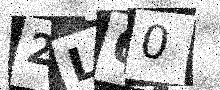
Text: 2L60